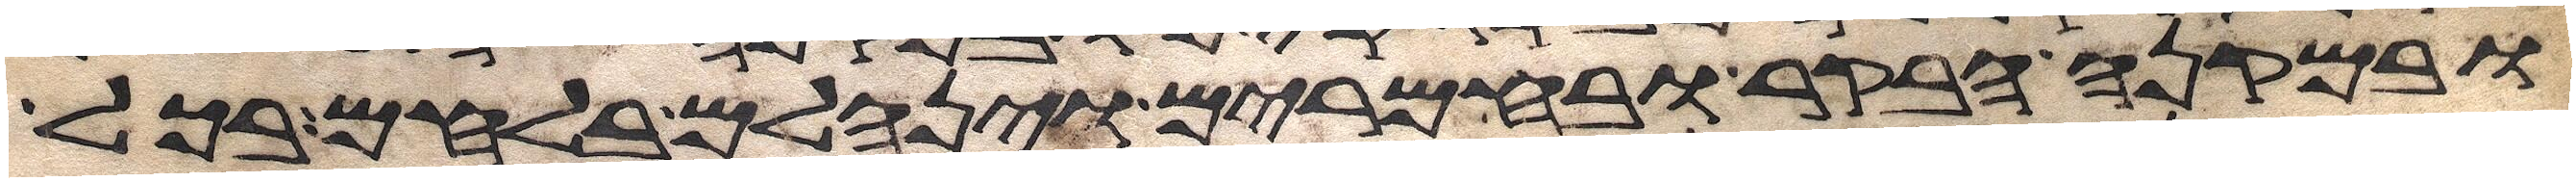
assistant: ובמקנה הבקר ובחמרים וינחלם בלחם בכל